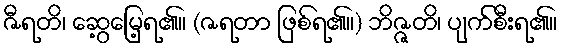
ဇီရတိ၊ ဆွေ့မြေ့ရ၏။ (ဇရတာ ဖြစ်ရ၏။) ဘိဇ္ဇတိ၊ ပျက်စီးရ၏။